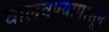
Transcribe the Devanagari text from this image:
चालवण्यापासून